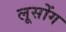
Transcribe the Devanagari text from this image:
लूसोंग